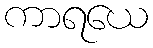
ကာရယေ